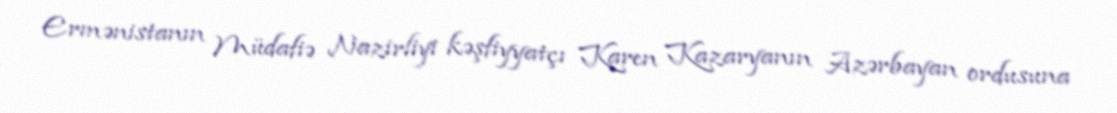
Ermənistanın Müdafiə Nazirliyi kəşfiyyatçı Karen Kazaryanın Azərbayan ordusuna